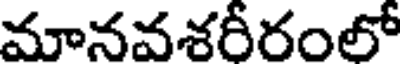
మానవశరీరంలో